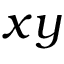
x y